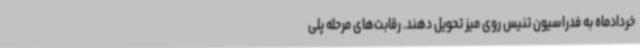
خردادماه به فدراسیون تنیس روی میز تحویل دهند. رقابت‌های مرحله پلی